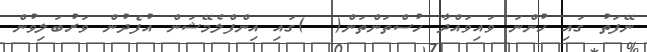
ނޭފަތު ގައި ހުންނަ ވައިވައްދާ ހުސްތަންތަން(  )ގައި އިންފްލެމޭޝަން އުފެދުން ވަރުބަލިވުން